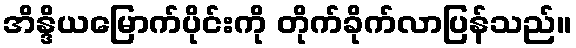
အိန္ဒိယမြောက်ပိုင်းကို တိုက်ခိုက်လာပြန်သည်။